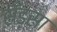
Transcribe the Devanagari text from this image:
सँड़सा